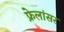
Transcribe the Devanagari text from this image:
फ्रेलांसर